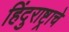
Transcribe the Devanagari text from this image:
हिंदुराष्ट्राचे